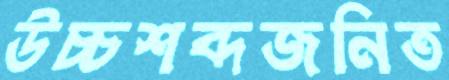
উচ্চশব্দজনিত